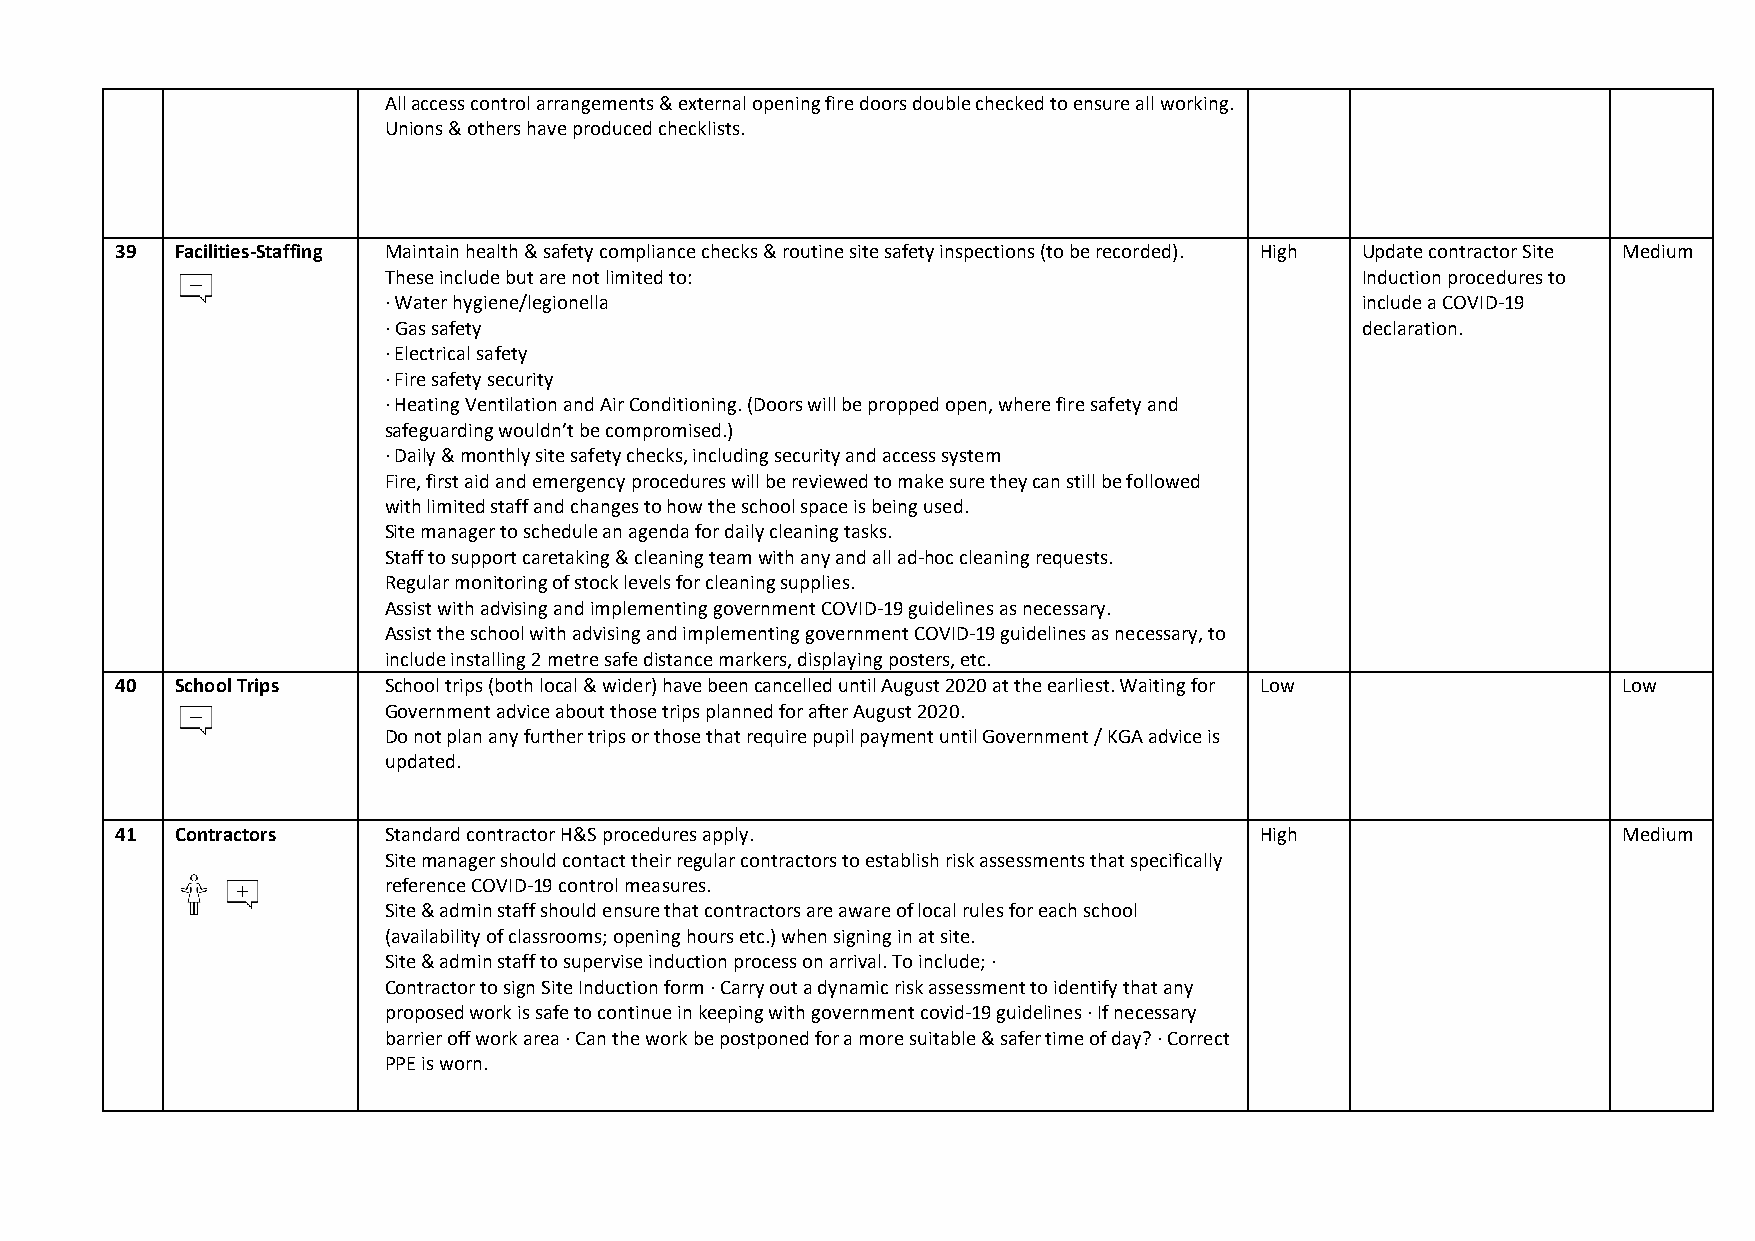
All access control arrangements & external opening fire doors double checked to ensure all working.
 Unions & others have produced checklists.
 39  Facilities-Staffing Maintain health & safety compliance checks & routine site safety inspections (to be recorded). High Update contractor Site Medium
 These include but are not limited to:                            Induction procedures to
 · Water hygiene/legionella                                       include a COVID-19
 · Gas safety                                                     declaration.
 · Electrical safety
 · Fire safety security
 · Heating Ventilation and Air Conditioning. (Doors will be propped open, where fire safety and
 safeguarding wouldn’t be compromised.)
 · Daily & monthly site safety checks, including security and access system
 Fire, first aid and emergency procedures will be reviewed to make sure they can still be followed
 with limited staff and changes to how the school space is being used.
 Site manager to schedule an agenda for daily cleaning tasks.
 Staff to support caretaking & cleaning team with any and all ad-hoc cleaning requests.
 Regular monitoring of stock levels for cleaning supplies.
 Assist with advising and implementing government COVID-19 guidelines as necessary.
 Assist the school with advising and implementing government COVID-19 guidelines as necessary, to
 include installing 2 metre safe distance markers, displaying posters, etc.
 40  School Trips School trips (both local & wider) have been cancelled until August 2020 at the earliest. Waiting for Low Low
 Government advice about those trips planned for after August 2020.
 Do not plan any further trips or those that require pupil payment until Government / KGA advice is
 updated.
 41  Contractors  Standard contractor H&S procedures apply.                 High                    Medium
 Site manager should contact their regular contractors to establish risk assessments that specifically
 reference COVID-19 control measures.
 Site & admin staff should ensure that contractors are aware of local rules for each school
 (availability of classrooms; opening hours etc.) when signing in at site.
 Site & admin staff to supervise induction process on arrival. To include; ·
 Contractor to sign Site Induction form · Carry out a dynamic risk assessment to identify that any
 proposed work is safe to continue in keeping with government covid-19 guidelines · If necessary
 barrier off work area · Can the work be postponed for a more suitable & safer time of day? · Correct
 PPE is worn.